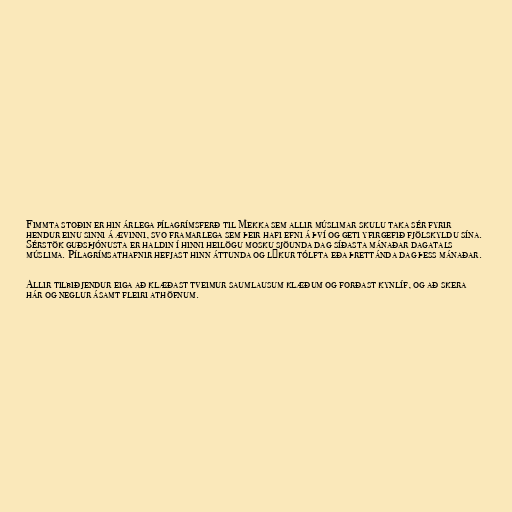
Fimmta stoðin er hin árlega pílagrímsferð til Mekka sem allir múslimar skulu taka sér fyrir
hendur einu sinni á ævinni, svo framarlega sem þeir hafi efni á því og geti yfirgefið fjölskyldu sína.
Sérstök guðsþjónusta er haldin í hinni heilögu mosku sjöunda dag síðasta mánaðar dagatals
múslima. Pílagrímsathafnir hefjast hinn áttunda og lýkur tólfta eða þrettánda dag þess mánaðar.

Allir tilbiðjendur eiga að klæðast tveimur saumlausum klæðum og forðast kynlíf, og að skera
hár og neglur ásamt fleiri athöfnum.